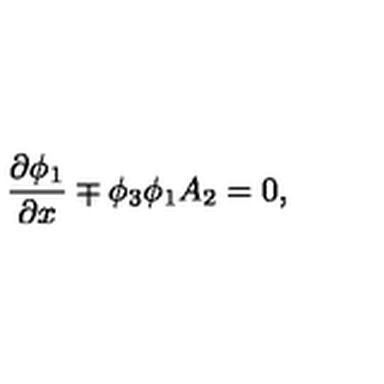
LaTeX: \frac { \partial \phi _ { 1 } } { \partial x } \mp \phi _ { 3 } \phi _ { 1 } A _ { 2 } = 0 ,